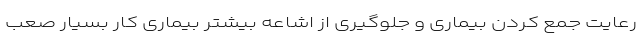
رعایت جمع کردن بیماری و جلوگیری از اشاعه بیشتر بیماری کار بسیار صعب